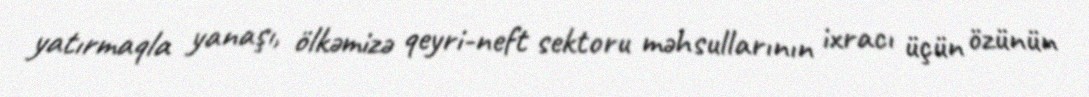
yatırmaqla yanaşı, ölkəmizə qeyri-neft sektoru məhsullarının ixracı üçün özünün